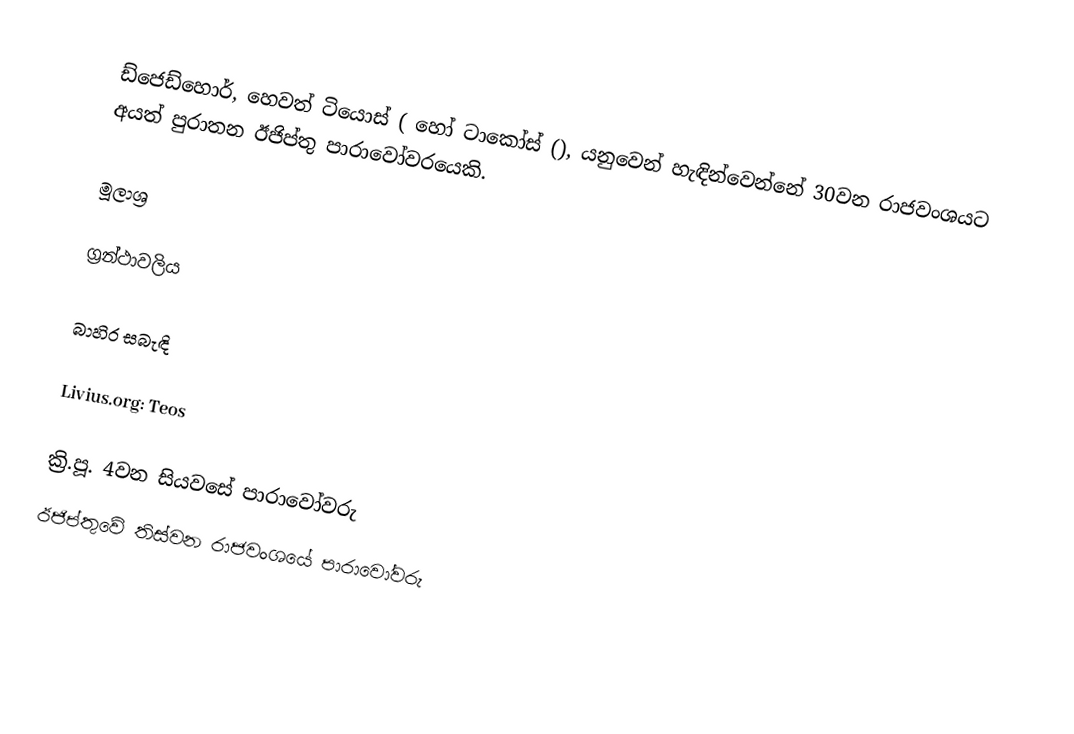
ඩ්ජෙඩ්හොර්, හෙවත් ටියොස් ( හෝ ටාකෝස් (), ‍යනුවෙන් හැඳින්වෙන්නේ 30වන රාජවංශයට අයත් පුරාතන ඊජිප්තු පාරාවෝවරයෙකි.

මූලාශ්‍ර

ග්‍රන්ථාවලිය

බාහිර සබැඳි

Livius.org: Teos

ක්‍රි.පූ. 4වන සියවසේ පාරාවෝවරු
ඊජිප්තුවේ තිස්වන ‍රාජවංශයේ පාරාවෝවරු